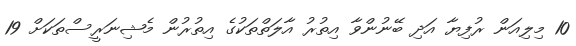
10 މިލިއަން ރުފިޔާ އަދި ބޭނުންވާ އިތުރު އާލަތްތަކުގެ އިތުރުން މެޝިނަރީސްތަކަށް 19